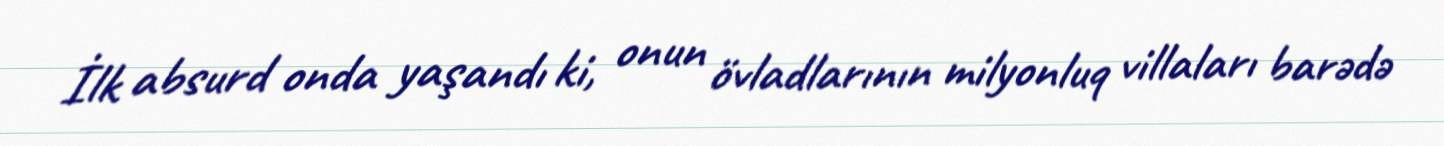
İlk absurd onda yaşandı ki, onun övladlarının milyonluq villaları barədə